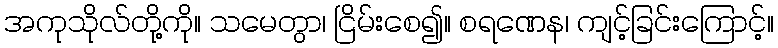
အကုသိုလ်တို့ကို။ သမေတွာ၊ ငြိမ်းစေ၍။ စရဏေန၊ ကျင့်ခြင်းကြောင့်။